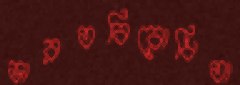
ভারতবিরোধিতা